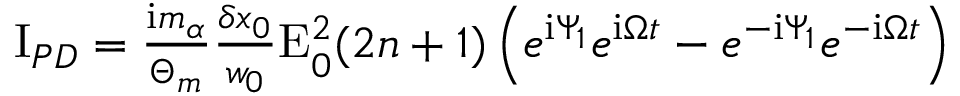
\begin{array} { r } { \mathrm { I } _ { P D } = \frac { \mathrm { i } m _ { \alpha } } { \Theta _ { m } } \frac { \delta x _ { 0 } } { w _ { 0 } } \mathrm { E } _ { 0 } ^ { 2 } ( 2 n + 1 ) \left( e ^ { \mathrm { i } \Psi _ { 1 } } e ^ { \mathrm { i } \Omega t } - e ^ { - \mathrm { i } \Psi _ { 1 } } e ^ { - \mathrm { i } \Omega t } \right) } \end{array}